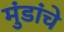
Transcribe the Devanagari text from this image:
मुंडांचे